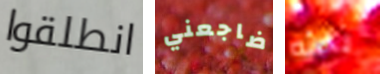
انطلقوا ضاجعني بحثه